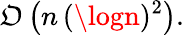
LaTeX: \mathfrak{O}\left(n\, (\logn)^{2}\right).